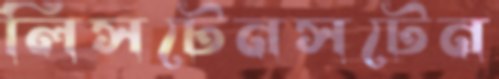
লিসটেনসটেন